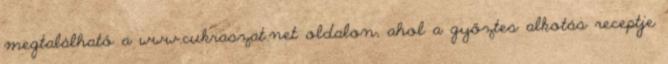
megtalálható a www.cukraszat.net oldalon, ahol a győztes alkotás receptje